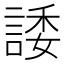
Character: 諉